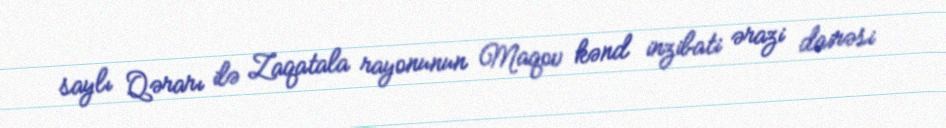
saylı Qərarı ilə Zaqatala rayonunun Maqov kənd inzibati ərazi dairəsi